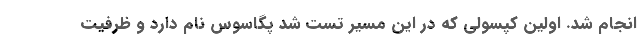
انجام شد. اولین کپسولی که در این مسیر تست شد پگاسوس نام دارد و ظرفیت